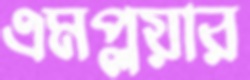
এমপ্লয়ার